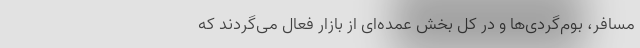
مسافر، بوم­گردی‌­ها و در کل بخش عمده‌­ای از بازار فعال می­‌گردند که